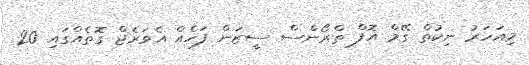
މިއަހަރު ނިކުތް ގޭމް އޮފް ތްރޯންސް ސީޒަން ފަހެއް އެވަރެޖް ގޮތެއްގައި 20